Report on vaccination North-West Frontier Province 1904-1922 - 1904-1922
Year: 1904
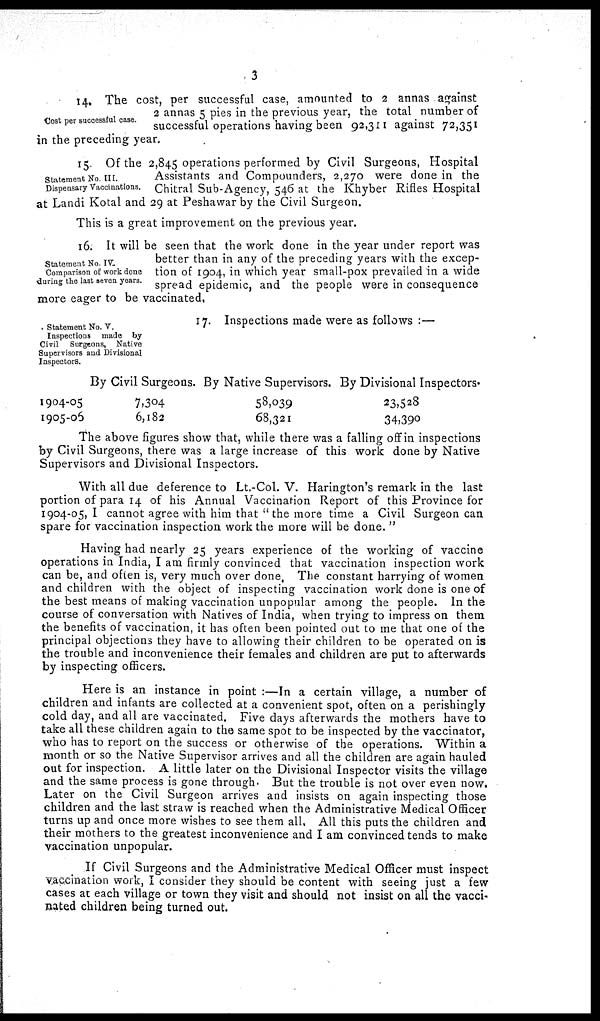
3
Cost per successful case.
14. The cost, per successful case, amounted to 2 annas against
2 annas 5 pies in the previous year, the total number of
successful operations having been 92,311 against 72,351
in the preceding year.
Statement No. III.
Dispensary Vaccinations.
15. Of the 2,845 operations performed by Civil Surgeons, Hospital
Assistants and Compounders, 2,270 were done in the
Chitral Sub-Agency, 546 at the Khyber Rifles Hospital
at Landi Kotal and 29 at Peshawar by the Civil Surgeon.
This is a great improvement on the previous year.
Statement No. IV.
Comparison of work done
during the last seven years.
16. It will be seen that the work done in the year under report was
better than in any of the preceding years with the excep-
tion of 1904, in which year small-pox prevailed in a wide
spread epidemic, and the people were in consequence
more eager to be vaccinated.
Statement No. V.
Inspections made by
Civil Surgeons, Native
Supervisors and Divisional
Inspectors.
17. Inspections made were as follows :—
1904-05
1905-06
By Civil Surgeons.
7,304
6,182
By Native Supervisors.
58,039
68,321
By Divisional Inspectors.
23,528
34,390
The above figures show that, while there was a falling off in inspections
by Civil Surgeons, there was a large increase of this work done by Native
Supervisors and Divisional Inspectors.
With all due deference to Lt.-Col. V. Harington's remark in the last
portion of para 14 of his Annual Vaccination Report of this Province for
1904-05, I cannot agree with him that "the more time a Civil Surgeon can
spare for vaccination inspection work the more will be done. ”
Having had nearly 25 years experience of the working of vaccine
operations in India, I am firmly convinced that vaccination inspection work
can be, and often is, very much over done. The constant harrying of women
and children with the object of inspecting vaccination work done is one of
the best means of making vaccination unpopular among the people. In the
course of conversation with Natives of India, when trying to impress on them
the benefits of vaccination, it has often been pointed out to me that one of the
principal objections they have to allowing their children to be operated on is
the trouble and inconvenience their females and children are put to afterwards
by inspecting officers.
Here is an instance in point :—In a certain village, a number of
children and infants are collected at a convenient spot, often on a perishingly
cold day, and all are vaccinated. Five days afterwards the mothers have to
take all these children again to the same spot to be inspected by the vaccinator,
who has to report on the success or otherwise of the operations. Within a
month or so the Native Supervisor arrives and all the children are again hauled
out for inspection. A little later on the Divisional Inspector visits the village
and the same process is gone through. But the trouble is not over even now.
Later on the Civil Surgeon arrives and insists on again inspecting those
children and the last straw is reached when the Administrative Medical Officer
turns up and once more wishes to see them all. All this puts the children and
their mothers to the greatest inconvenience and I am convinced tends to make
vaccination unpopular.
If Civil Surgeons and the Administrative Medical Officer must inspect
Vaccination work, I consider they should be content with seeing just a few
cases at each village or town they visit and should not insist on all the vacci¬
nated children being turned out.